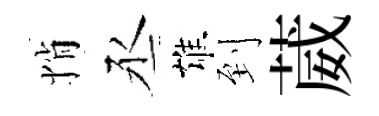
悄丞雄到葳